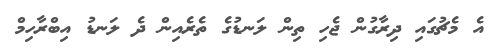
އެ މެޗުގައި ދިރާގުން ޖެހި ތިން ލަނޑުގެ ތެރެއިން ދެ ލަނޑު އިބްރާހިމް